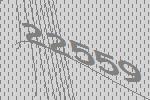
22559